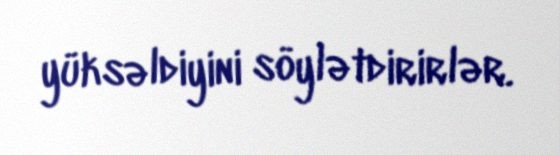
yüksəldiyini söylətdirirlər.